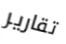
تقارير